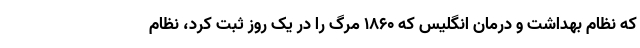
که نظام بهداشت و درمان انگلیس که ۱۸۶۰ مرگ را در یک روز ثبت کرد، نظام